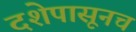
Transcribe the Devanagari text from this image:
दशेपासूनच